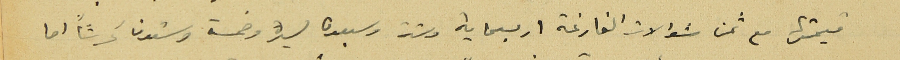
قيمتها مع ثمن شوالات الفارغة اربعماية وستة وسبعون ليرة وخمسة وستون غرشاً اما